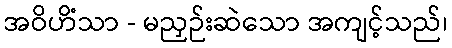
အဝိဟိံသာ - မညှဉ်းဆဲသော အကျင့်သည်၊